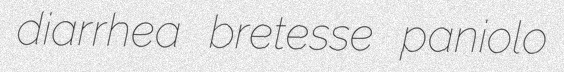
diarrhea bretesse paniolo